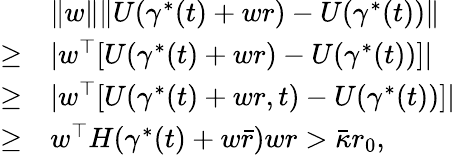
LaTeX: \begin{array}{rl}&{\| w\| \| U(\gamma^{*}(t)+wr)-U(\gamma^{*}(t))\| }\\ {\ge}&{|w^{\top}[U(\gamma^{*}(t)+wr)-U(\gamma^{*}(t))]|}\\ {\ge}&{|w^{\top}[U(\gamma^{*}(t)+wr,t)-U(\gamma^{*}(t))]|}\\ {\ge}&{w^{\top}H(\gamma^{*}(t)+w\bar{r})wr>\bar{\kappa}r_{0},}\end{array}